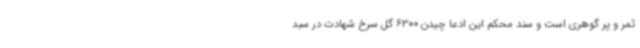
ثمر و پر گوهری است و سند محکم این ادعا چیدن 6300 گل سرخ شهادت در سبد